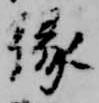
縁